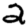
Digit: 2